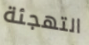
التهجئة